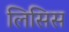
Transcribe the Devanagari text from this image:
लिसिस